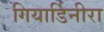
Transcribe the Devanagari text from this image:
गियार्डिनीरा